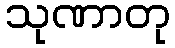
သုဏာတု